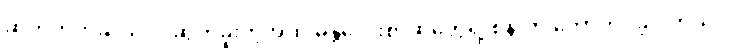
ဆက်တိုက်ဆိုသလို ဆွတ်ခူးတဲ့အထိ မန္တလေးစာဆိုတွေရဲ့ စန်းက တောက်ပခဲ့ပါတယ်။